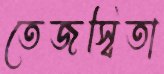
তেজস্বিতা